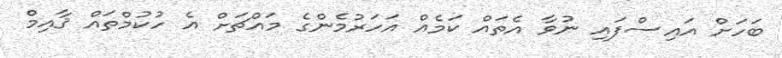
ބަހަށް އައިސްފައި ނުވާ އެތައް ކަމެއް އަހަރުމެންގެ މައްޗަށް އެ ހުކުމްތައް ޤާއިމް